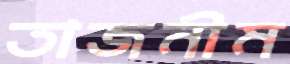
তাজনীম